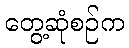
တွေ့ဆုံစဉ်က